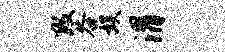
数谷娱渭